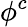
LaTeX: \phi^{c}